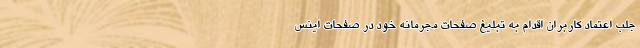
جلب اعتماد کاربران اقدام به تبلیغ صفحات مجرمانه خود در صفحات اینس